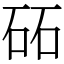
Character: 砳